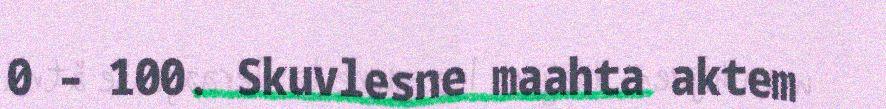
0 – 100. Skuvlesne maahta aktem